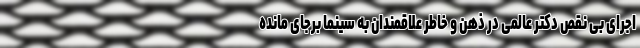
اجرای بی نقص دکتر عالمی در ذهن و خاطر علاقمندان به سینما برجای مانده